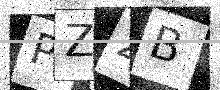
Text: PZ2B